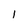
Character: l